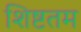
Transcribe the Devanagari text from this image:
शिष्टतम